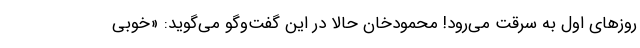
روزهای اول به سرقت می‌رود! محمودخان حالا در این گفت‌وگو می‌گوید: «خوبی